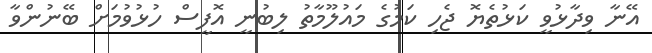
އޭނާ ވިދާޅުވީ ކަޅުތެޔޮ ޖެހި ކަމުގެ މައުލޫމާތު ލިބުނީ އޮފީސް ހުޅުވުމަށް ބޭނުންވާ